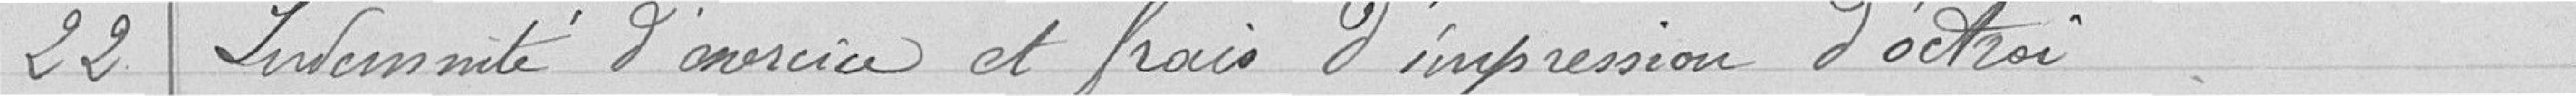
22 Indemnité d'exercice et frais d'impression d'octroi